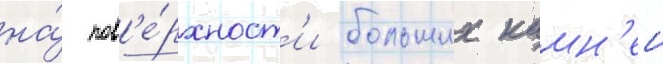
на́ пов'е́рхност'и больших камн'еи